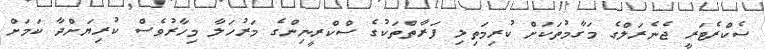
ސެކްރެޓަރީ ޖެނެރަލްގެ މަގާމުތަކަށް ކުރިމަތިލި ފަރާތްތަކުގެ ސްކްރީނިންގެ މަރުހަލާ މިހާރުވެސް ކުރިޔަށްދާ ކަމަށް